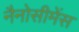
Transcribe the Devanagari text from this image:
नैनोसीमेंस